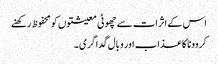
اس کے اثرات سے چھوٹی معیشتوں کو محفوظ رکھنے
کروونا کا عذاب اور وبال گداگری ۔